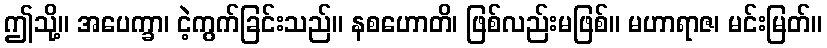
ဤသို့။ အပေက္ခာ၊ ငဲ့ကွက်ခြင်းသည်။ နစဟောတိ၊ ဖြစ်လည်းမဖြစ်။ မဟာရာဇ၊ မင်းမြတ်။